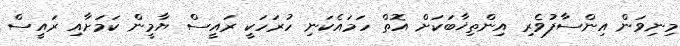
މިނިވަން އިންސާފުވެރި އިންތިޚާބަކަށް އޮތް ހަމައެކަނި ހުރަހަކީ ރައީސް ޔާމީން ކަމަށާއި ރައީސް